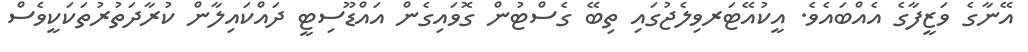
އޭނާގެ ވަޒީފާގެ އެއްބައެވެ. އީކުއޭޓަރވިލެޖުގައި ތިބޭ ގެސްޓުން ގޮވައިގެން އައްޑޫސިޓީ ދައްކައިލާން ކުރާދަތުރުތަކަކީވެސް